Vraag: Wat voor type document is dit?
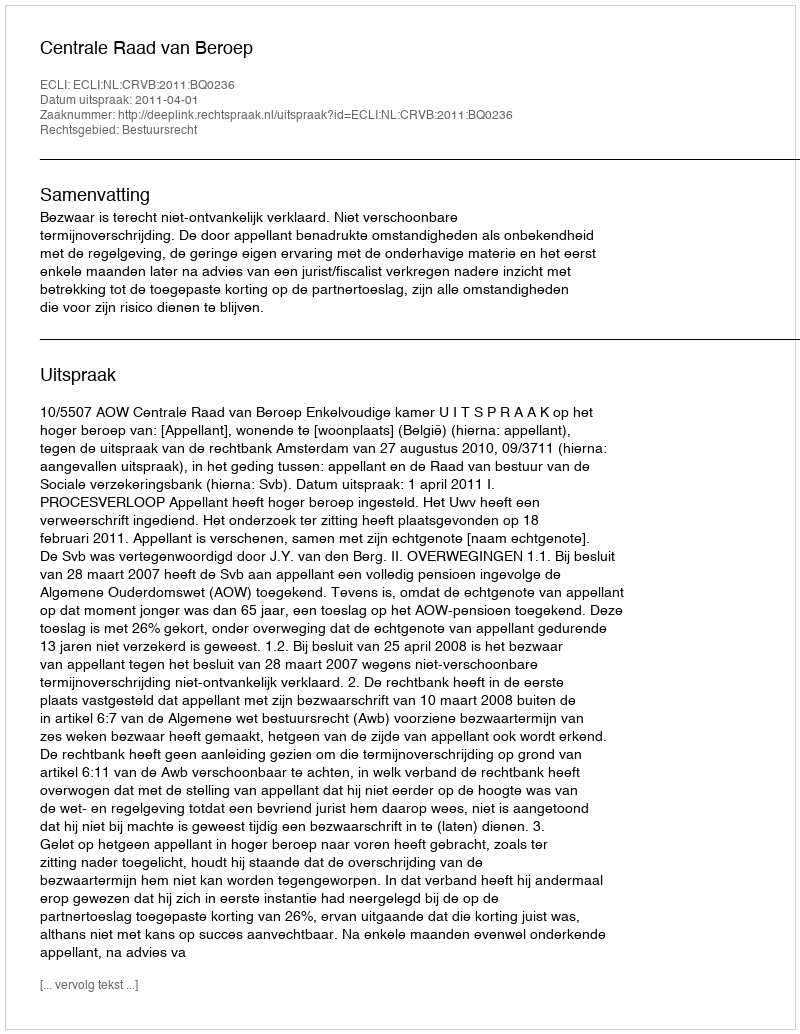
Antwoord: Uitspraak